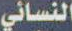
النسائي